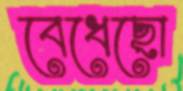
বেধেছো